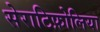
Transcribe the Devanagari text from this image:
सेराटिफ़ोलिया